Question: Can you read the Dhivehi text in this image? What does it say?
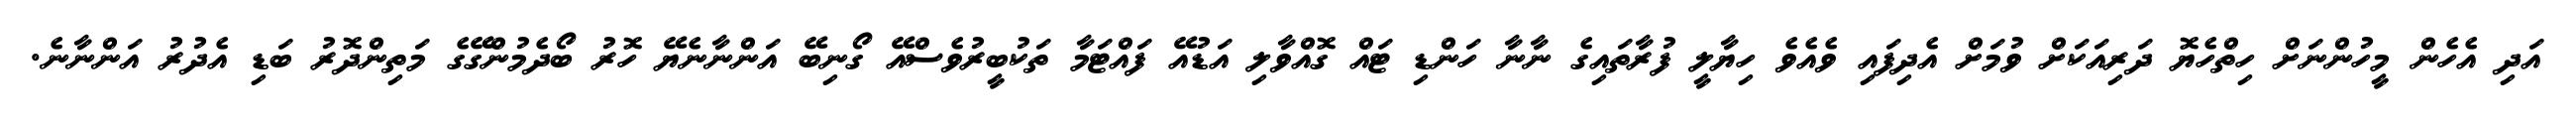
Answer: އަދި އެހެން މީހުންނަށް ހިތްހެޔޮ ދަރިއަކަށް ވުމަށް އެދިފައި ވެއެވެ ހިޔާލީ ފުރާތައިގެ ނާނާ ހަންޑި ޓައް ގޮއްވާލި އަޑުއޭ ފައްޓަމާ ތަކުބީރުވެސްއޭ ގޯނިބޭ އަންނާނެޔޭ ހޮރު ބޯދެމުންގޭގެ މަތިންދޮރު ބަޑި އެދުރު އަންނާނެ.